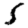
Digit: 5